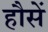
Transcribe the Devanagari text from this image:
हौसें